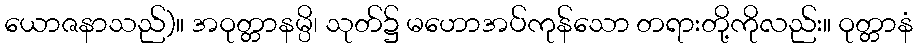
ယောဇနာသည်)။ အဝုတ္တာနမ္ပိ၊ သုတ်၌ မဟောအပ်ကုန်သော တရားတို့ကိုလည်း။ ဝုတ္တာနံ